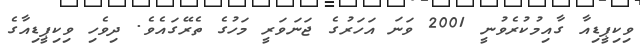
ވިކިޕީޑިއާ ގާއިމުކުރެވުނީ 2001 ވަނަ އަހަރުގެ ޖަނަވަރީ މަހުގެ ތެރޭގައެވެ. ދިވެހި ވިކިޕީޑިއާގެ